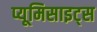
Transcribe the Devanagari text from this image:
प्यूमिसाइट्स